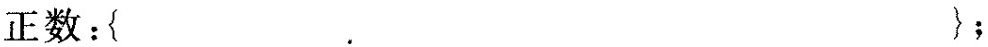
正数：\{ \}；